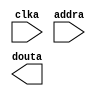
module newInstructionMem(
	clka,
	addra,
	douta);


input clka;
input [9 : 0] addra;
output [31 : 0] douta;

// synthesis translate_off

      BLK_MEM_GEN_V4_2 #(
		.C_ADDRA_WIDTH(10),
		.C_ADDRB_WIDTH(10),
		.C_ALGORITHM(1),
		.C_BYTE_SIZE(9),
		.C_COMMON_CLK(0),
		.C_DEFAULT_DATA("0"),
		.C_DISABLE_WARN_BHV_COLL(0),
		.C_DISABLE_WARN_BHV_RANGE(0),
		.C_FAMILY("virtex5"),
		.C_HAS_ENA(0),
		.C_HAS_ENB(0),
		.C_HAS_INJECTERR(0),
		.C_HAS_MEM_OUTPUT_REGS_A(0),
		.C_HAS_MEM_OUTPUT_REGS_B(0),
		.C_HAS_MUX_OUTPUT_REGS_A(0),
		.C_HAS_MUX_OUTPUT_REGS_B(0),
		.C_HAS_REGCEA(0),
		.C_HAS_REGCEB(0),
		.C_HAS_RSTA(0),
		.C_HAS_RSTB(0),
		.C_HAS_SOFTECC_INPUT_REGS_A(0),
		.C_HAS_SOFTECC_OUTPUT_REGS_B(0),
		.C_INITA_VAL("0"),
		.C_INITB_VAL("0"),
		.C_INIT_FILE_NAME("newInstructionMem.mif"),
		.C_LOAD_INIT_FILE(1),
		.C_MEM_TYPE(3),
		.C_MUX_PIPELINE_STAGES(0),
		.C_PRIM_TYPE(1),
		.C_READ_DEPTH_A(1024),
		.C_READ_DEPTH_B(1024),
		.C_READ_WIDTH_A(32),
		.C_READ_WIDTH_B(32),
		.C_RSTRAM_A(0),
		.C_RSTRAM_B(0),
		.C_RST_PRIORITY_A("CE"),
		.C_RST_PRIORITY_B("CE"),
		.C_RST_TYPE("SYNC"),
		.C_SIM_COLLISION_CHECK("ALL"),
		.C_USE_BYTE_WEA(0),
		.C_USE_BYTE_WEB(0),
		.C_USE_DEFAULT_DATA(0),
		.C_USE_ECC(0),
		.C_USE_SOFTECC(0),
		.C_WEA_WIDTH(1),
		.C_WEB_WIDTH(1),
		.C_WRITE_DEPTH_A(1024),
		.C_WRITE_DEPTH_B(1024),
		.C_WRITE_MODE_A("WRITE_FIRST"),
		.C_WRITE_MODE_B("WRITE_FIRST"),
		.C_WRITE_WIDTH_A(32),
		.C_WRITE_WIDTH_B(32),
		.C_XDEVICEFAMILY("virtex5"))
	inst (
		.CLKA(clka),
		.ADDRA(addra),
		.DOUTA(douta),
		.RSTA(),
		.ENA(),
		.REGCEA(),
		.WEA(),
		.DINA(),
		.CLKB(),
		.RSTB(),
		.ENB(),
		.REGCEB(),
		.WEB(),
		.ADDRB(),
		.DINB(),
		.DOUTB(),
		.INJECTSBITERR(),
		.INJECTDBITERR(),
		.SBITERR(),
		.DBITERR(),
		.RDADDRECC());


// synthesis translate_on

// XST black box declaration
// box_type "black_box"
// synthesis attribute box_type of newInstructionMem is "black_box"

endmodule